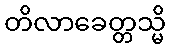
တိလာခေတ္တသ္မိ